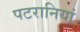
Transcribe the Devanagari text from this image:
पटरानियां